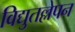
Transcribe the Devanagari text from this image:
विद्युतल्लेपन